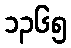
၁၃၆၅